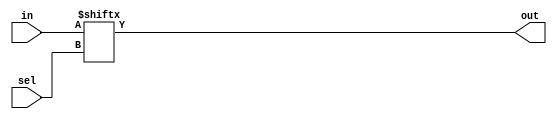
module top_module( 
    input [255:0] in,
    input [7:0] sel,
    output reg out 
);

    always @(*) begin
        out = in[sel];
    end

endmodule